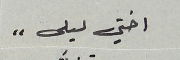
اختي ليلى"